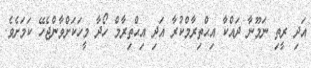
އަދި ރީތި ނަމޫނާ ދައްކާ އިޙްތިރާމްކުރާ އަދި އިޙްތިރާމް ހޯދާ މީހަކަށްވާންޖެހޭ ކަމަށެވެ.